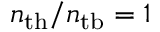
n _ { \mathrm { t h } } / n _ { \mathrm { t b } } = 1